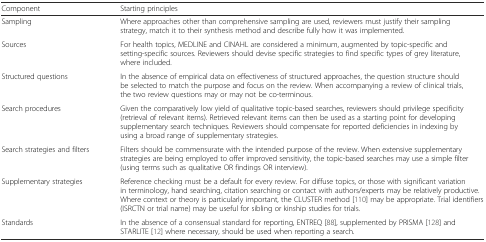
<table><thead><tr><td><b>Component</b></td><td><b>Starting principles</b></td></tr></thead><tbody><tr><td>Sampling</td><td>Where approaches other than comprehensive sampling are used, reviewers must justify their sampling strategy, match it to their synthesis method and describe fully how it was implemented.</td></tr><tr><td>Sources</td><td>For health topics, MEDLINE and CINAHL are considered a minimum, augmented by topic-specific and setting-specific sources. Reviewers should devise specific strategies to find specific types of grey literature, where included.</td></tr><tr><td>Structured questions</td><td>In the absence of empirical data on effectiveness of structured approaches, the question structure should be selected to match the purpose and focus on the review. When accompanying a review of clinical trials, the two review questions may or may not be co-terminous.</td></tr><tr><td>Search procedures</td><td>Given the comparatively low yield of qualitative topic-based searches, reviewers should privilege specificity (retrieval of relevant items). Retrieved relevant items can then be used as a starting point for developing supplementary search techniques. Reviewers should compensate for reported deficiencies in indexing by using a broad range of supplementary strategies.</td></tr><tr><td>Search strategies and filters</td><td>Filters should be commensurate with the intended purpose of the review. When extensive supplementary strategies are being employed to offer improved sensitivity, the topic-based searches may use a simple filter (using terms such as qualitative OR findings OR interview).</td></tr><tr><td>Supplementary strategies</td><td>Reference checking must be a default for every review. For diffuse topics, or those with significant variation in terminology, hand searching, citation searching or contact with authors/experts may be relatively productive. Where context or theory is particularly important, the CLUSTER method [110] may be appropriate. Trial identifiers (ISRCTN or trial name) may be useful for sibling or kinship studies for trials.</td></tr><tr><td>Standards</td><td>In the absence of a consensual standard for reporting, ENTREQ [88], supplemented by PRISMA [128] and STARLITE [12] where necessary, should be used when reporting a search.</td></tr></tbody></table>